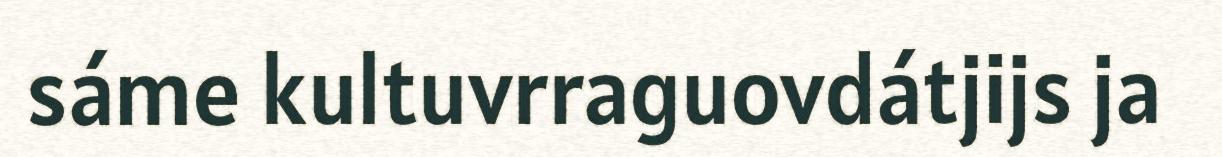
sáme kultuvrraguovdátjijs ja